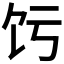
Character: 𬲧